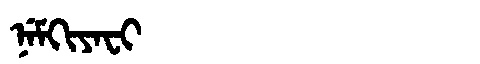
Manchu: ᠨᡝᠮᡴᡳᠶᠠᠸᡳ
Romanization: NEMKIYAFI